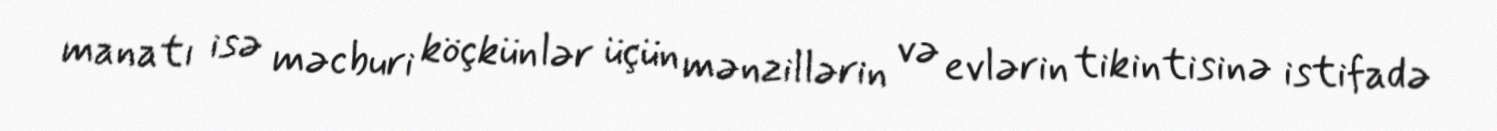
manatı isə məcburi köçkünlər üçün mənzillərin və evlərin tikintisinə istifadə